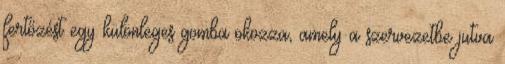
fertőzést egy különleges gomba okozza, amely a szervezetbe jutva